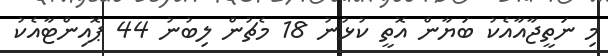
މި ނަތީޖާއާއެކު ބަޔާން އޮތީ ކުޅުނު 18 މެޗުން ލިބުނު 44 ޕޮއިންޓާއެކު